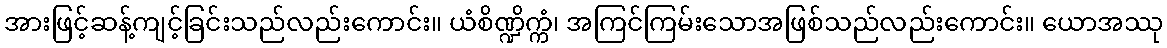
အားဖြင့်ဆန့်ကျင့်ခြင်းသည်လည်းကောင်း။ ယံစိဏ္ဍိက္ကံ၊ အကြင်ကြမ်းသောအဖြစ်သည်လည်းကောင်း။ ယောအဿု